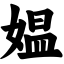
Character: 媪